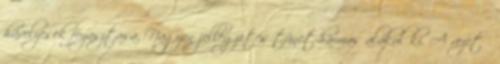
hüvelyesek foyasztása. Nagyon jellegzetes tünet-hármas alakul ki. A vezető